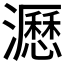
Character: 𤃉